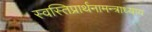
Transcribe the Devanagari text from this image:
स्वस्तिप्रार्थनामन्त्राध्याय